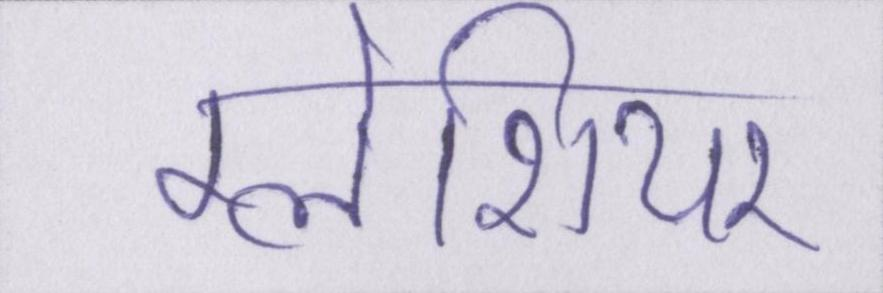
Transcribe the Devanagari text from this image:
ग्लेशियर